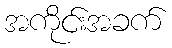
အကိုင်းအခက်